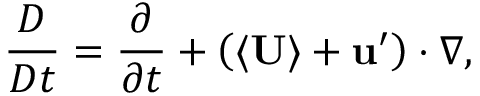
\frac { D } { D t } = \frac { \partial } { \partial t } + \left( \langle \mathbf { U } \rangle + \mathbf { u } ^ { \prime } \right) \cdot \nabla ,